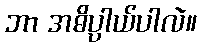
ဘာ အဓိပ္ပာယ်ပါလဲ။